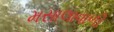
મસાલાવાળી